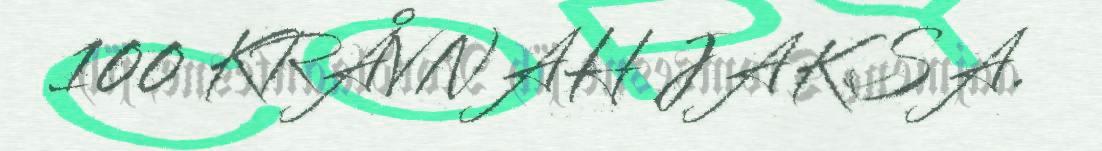
100 KRÅVNAH JAKSA.